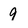
Character: 9